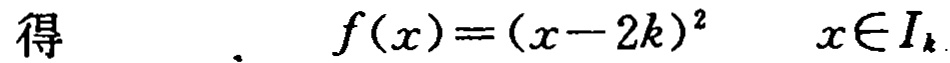
得 \[ f(x)=(x - 2k)^2\quad x\in I_{k}\]